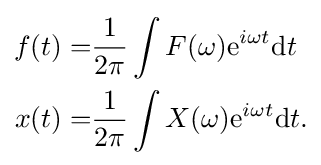
{\begin{aligned}f(t)=&{\frac {1}{2\pi }}\int F(\omega )\mathrm {e} ^{i\omega t}\mathrm {d} t\\x(t)=&{\frac {1}{2\pi }}\int X(\omega )\mathrm {e} ^{i\omega t}\mathrm {d} t.\end{aligned}}